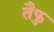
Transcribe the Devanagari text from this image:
तैफु